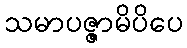
သမာပဇ္ဇာမိပိပေ